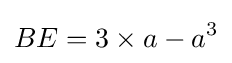
BE=3\times a-a^{3}